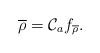
LaTeX: \begin{align*} \overline \rho = \mathcal C_a f_{\overline \rho}.\end{align*}